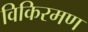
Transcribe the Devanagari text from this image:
विकिरमण